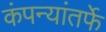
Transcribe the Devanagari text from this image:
कंपन्यांतर्फे